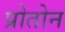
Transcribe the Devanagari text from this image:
प्रोतोन